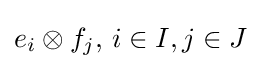
e_{i}\otimes f_{j},\,i\in I,j\in J